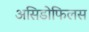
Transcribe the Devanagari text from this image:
असिडोफिलस